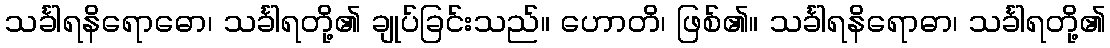
သင်္ခါရနိရောဓော၊ သင်္ခါရတို့၏ ချုပ်ခြင်းသည်။ ဟောတိ၊ ဖြစ်၏။ သင်္ခါရနိရောဓာ၊ သင်္ခါရတို့၏